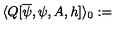
\langle Q [ \overline { { \psi } } , \psi , A , h ] \rangle _ { 0 } : =